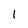
Character: 1